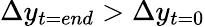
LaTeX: \Delta y_{t=end}>\Delta y_{t=0}